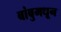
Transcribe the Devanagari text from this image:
बांबुमधून